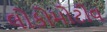
લોકોમોટીવ